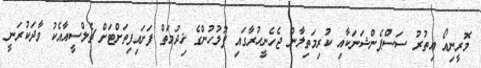
މޮރީނިއޯ އިތުރު ސަސްޕެންޝަނަކާއި ކުރިމަތިލާން ޖެހެނީހުރާގައި ފުލުހުންގެ ޚިދުމަތް ފަށައިފިތަށްޓަށް ޗެލްސީއާއެކު ވާދަކުރަނީ